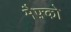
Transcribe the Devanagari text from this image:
मैफ़्को